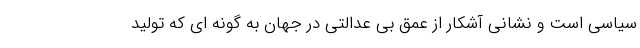
سیاسی است و نشانی آشکار از عمق بی عدالتی در جهان به گونه ای که تولید